Report of the Indian Hemp Drugs Commission, 1894-1895 - Volume VIII
Year: 1894
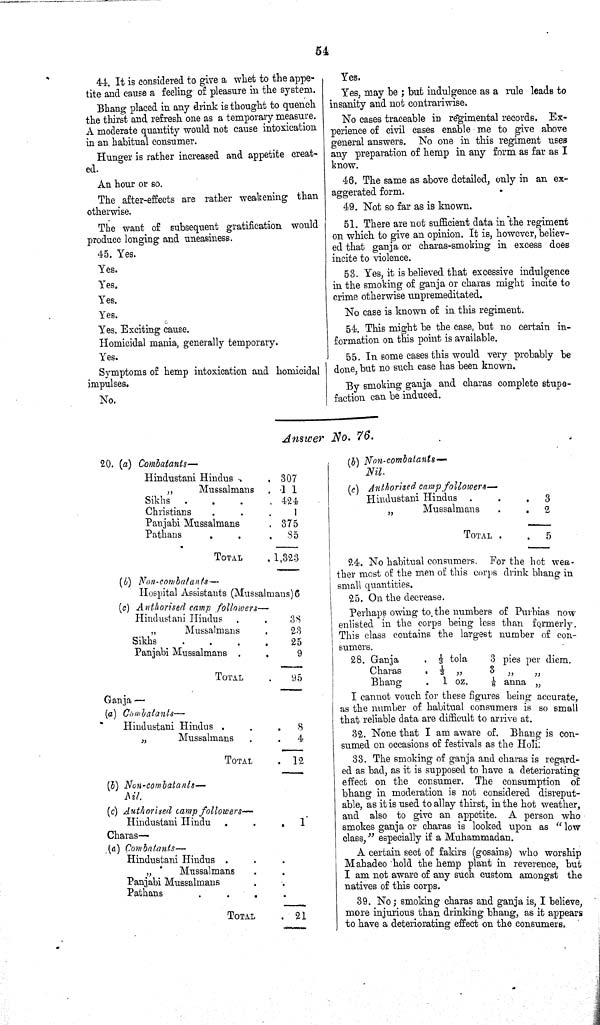
54
44. It is considered to give a whet to the appe-
tite and cause a feeling of pleasure in the system.
Bhang placed in any drink is thought to quench
the thirst and refresh one as a temporary measure.
A moderate quantity would not cause intoxication
in an habitual consumer.
Hunger is rather increased and appetite creat-
ed.
An hour or so.
The after-effects are rather weakening than
otherwise.
The want of subsequent gratification would
produce longing and uneasiness.
45. Yes.
Yes.
Yes.
Yes.
Yes.
Yes. Exciting cause.
Homicidal mania, generally temporary.
Yes.
Symptoms of hemp intoxication and homicidal
impulses.
No.
Yes.
Yes, may be; but indulgence as a rule leads to
insanity and not contrariwise.
No cases traceable in regimental records. Ex-
perience of civil cases enable me to give above
general answers. No one in this regiment uses
any preparation of hemp in any form as far as I
know.
46. The same as above detailed, only in an ex-
aggerated form.
49. Not so far as is known.
51. There are not sufficient data in the regiment
on which to give an opinion. It is, however, believ-
ed that ganja or charas-smoking in excess does
incite to violence.
53. Yes, it is believed that excessive indulgence
in the smoking of ganja or charas might incite to
crime otherwise unpremeditated.
No case is known of in this regiment.
54. This might be the case, but no certain in-
formation on this point is available.
55. In some cases this would very probably be
done, but no such case has been known.
By smoking ganja and charas complete stupe-
faction can be induced.
Answer No. 76.
20. (a)
Combatants—
Hindustani Hindus
307
Mussalmans
1 1
Sikhs
424
Christians
1
Panjabi Mussalmans
375
Pathans
So
TOTAL
1,323
(6)
Non-combatants—
Hospital Assistants (Mussalmans)6
(c) Authorised camp
followers—
Hindustani Hindus
38
" Mussalmans
23
Sikhs
25
Panjabi Mussalmans
9
TOTAL
95
Ganja —
(a)
Combatants—
Hindustani Hindus
8
"
Mussalmans
4
TOTAL
12
(5)
Non-combatants—
Nil.
(c) Authorised camp
followers—
Hindustani Hindu
1
Charas—
(a) Combatants—
Hindustani Hindus
"
Mussalmans
Panjabi Mussalmans
Pathans
TOTAL
21
(b)
Non-combatants—
Nil.
(c) Authorised camp
followers—
Hindustani Hindus
3
" Mussalmans
2
TOTAL
5
24. No habitual consumers. For the hot wea-
ther most of the men of this corps drink bhang in
small quantities.
25. On the decrease.
Perhaps owing to. the numbers of Purbias now
enlisted in the corps being less than formerly.
This class contains the largest number of con-
sumers.
28. Ganja
1/3 tola
3 pies per diem.
Charas
1/3 "
3 " "
Bhang
1 oz.
1/8 anna "
I cannot vouch tor these figures being accurate,
as the number of habitual consumers is so small
that reliable data are difficult to arrive at.
32. None that I am aware of. Bhang is con-
sumed on occasions of festivals as the Holi.
33. The smoking of ganja and charas is regard-
ed as bad, as it is supposed to have a deteriorating
effect on the consumer. The consumption of
bhang in moderation is not considered disreput-
able, as it is used to allay thirst, in the hot weather,
and also to give an appetite. A person who
smokes ganja or charas is looked upon as " low
class," especially if a Muhammadan.
A certain sect of fakirs (gosains) who worship
Mahadeo hold the hemp plant in reverence, but
I am not aware of any such custom amongst the
natives of this corps.
39. No; smoking charas and ganja is, I believe,
more injurious than drinking bhang, as it appears
to have a deteriorating effect on the consumers.